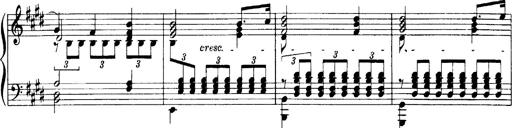
Title: OuvertÃ¼re zu TannhÃ¤user
Composer: Franz Liszt